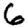
Digit: 6